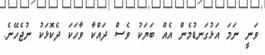
ވަނީ ނަމަ އަޅުގަނޑުމެން އެއް ބަޔަކު ވެސް ދައްކާ ވާހަކަ ދެކޮޅަކު ނުޖެހޭނެ.